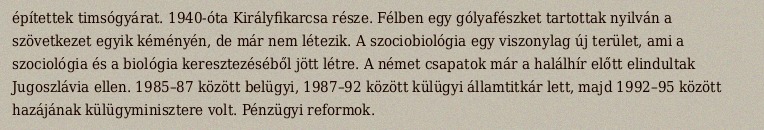
építettek timsógyárat. 1940-óta Királyfikarcsa része. Félben egy gólyafészket tartottak nyilván a szövetkezet egyik kéményén, de már nem létezik. A szociobiológia egy viszonylag új terület, ami a szociológia és a biológia keresztezéséből jött létre. A német csapatok már a halálhír előtt elindultak Jugoszlávia ellen. 1985–87 között belügyi, 1987–92 között külügyi államtitkár lett, majd 1992–95 között hazájának külügyminisztere volt. Pénzügyi reformok.